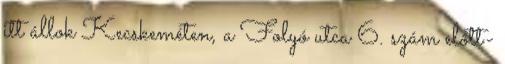
itt állok Kecskeméten, a Folyó utca 6. szám előtt-